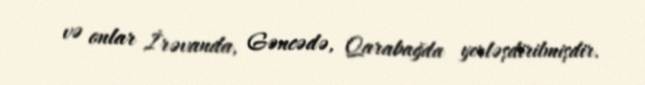
və onlar İrəvanda, Gəncədə, Qarabağda yerləşdirilmişdir.